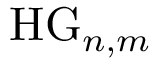
\mathrm { H G } _ { n , m }